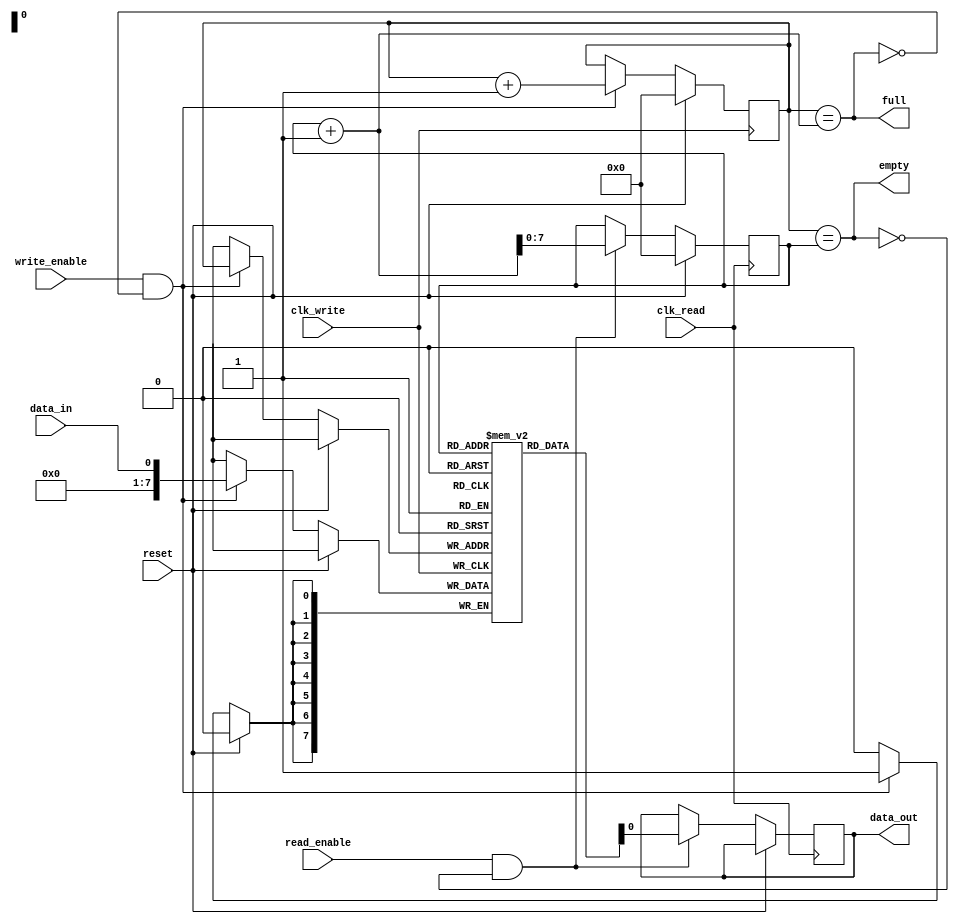
module synchronous_fifo (
    input wire clk_write,
    input wire clk_read,
    input wire reset,
    
    input wire data_in,
    output reg data_out,
    
    input wire write_enable,
    input wire read_enable,
    
    output wire full,
    output wire empty
);

reg [7:0] fifo [0:255]; // 256 byte FIFO buffer
reg [7:0] write_pointer = 0;
reg [7:0] read_pointer = 0;
reg [7:0] data;

always @(posedge clk_write) begin
    if (reset) begin
        write_pointer <= 0;
    end else begin
        if (write_enable && !full) begin
            fifo[write_pointer] <= data_in;
            write_pointer <= write_pointer + 1;
        end
    end
end

always @(posedge clk_read) begin
    if (reset) begin
        read_pointer <= 0;
    end else begin
        if (read_enable && !empty) begin
            data_out <= fifo[read_pointer];
            read_pointer <= read_pointer + 1;
        end
    end
end

assign full = (write_pointer == read_pointer + 1);
assign empty = (write_pointer == read_pointer);

endmodule